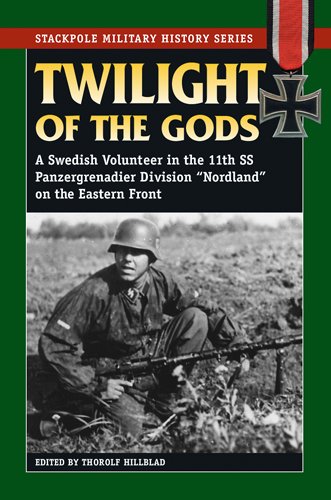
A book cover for Twilight of the Gods: A Swedish Volunteer in the 11th SS Panzergrenadier Division Nordland on the Eastern Front (Stackpole Military History Series); Biographies & Memoirs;